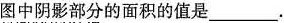
图中阴影部分的面积的值是___。